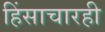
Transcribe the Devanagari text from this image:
हिंसाचारही